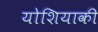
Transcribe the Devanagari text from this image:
योशियाकी